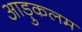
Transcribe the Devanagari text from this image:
आड़ुकलम